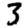
Digit: 3